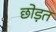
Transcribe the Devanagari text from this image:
छोड़त